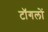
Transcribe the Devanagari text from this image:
टॉगलों